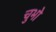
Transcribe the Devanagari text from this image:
चुभो